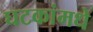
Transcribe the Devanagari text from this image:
घटकांमधे